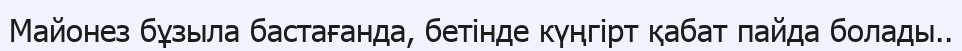
Майонез бұзыла бастағанда, бетінде күңгірт қабат пайда болады..